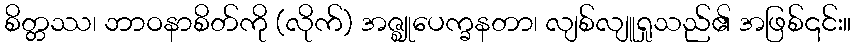
စိတ္တဿ၊ ဘာဝနာစိတ်ကို (လိုက်) အဇ္ဈုပေက္ခနတာ၊ လျစ်လျူရှုသည်၏ အဖြစ်၎င်း။